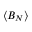
\langle B _ { N } \rangle